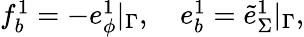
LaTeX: \begin{array}{r}{f_{b}^{1}=-e_{\phi}^{1}|_{\Gamma},\quad e_{b}^{1}=\tilde{e}_{\Sigma}^{1}|_{\Gamma},}\end{array}